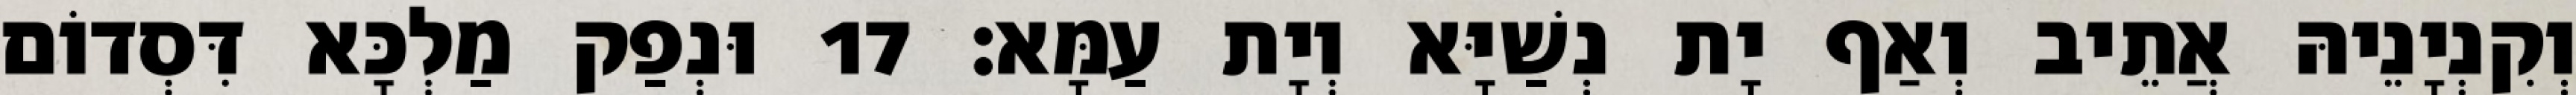
וְקִנְיָנֵיהּ אֲתֵיב וְאַף יָת נְשַׁיָּא וְיָת עַמָּא׃ 17 וּנְפַק מַלְכָּא דִּסְדוֹם